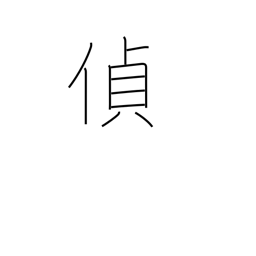
Meaning: spy